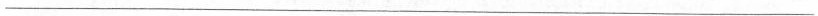
___